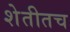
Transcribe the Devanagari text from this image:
शेतीतच